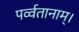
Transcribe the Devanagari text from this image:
पर्व्वतानाम्।